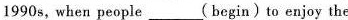
1990s，when people ___(begin ) to enjoy the